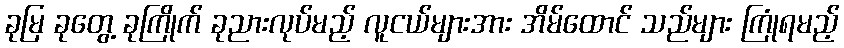
ခုမြ ခုတွေ့ ခုကြိုက် ခုညားလုပ်မည့် လူငယ်များအား အိမ်ထောင် သည်များ ကြုံရမည့်